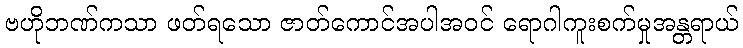
ဗဟိုဘဏ်ကသာ ဖတ်ရသော ဇာတ်ကောင်အပါအဝင် ရောဂါကူးစက်မှုအန္တရာယ်